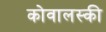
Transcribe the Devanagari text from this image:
कोवालस्की